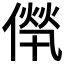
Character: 𠌻